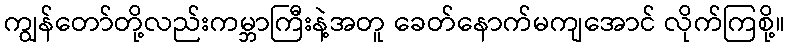
ကျွန်တော်တို့လည်းကမ္ဘာကြီးနဲ့အတူ ခေတ်နောက်မကျအောင် လိုက်ကြစို့။